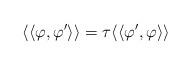
LaTeX: \begin{align*}\langle\langle\varphi,\varphi'\rangle\rangle=\tau\langle\langle\varphi',\varphi\rangle\rangle\end{align*}